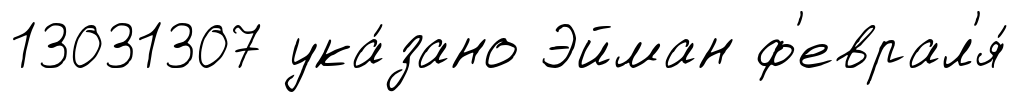
13031307 ука́зано Эйман ф'еврал'я́